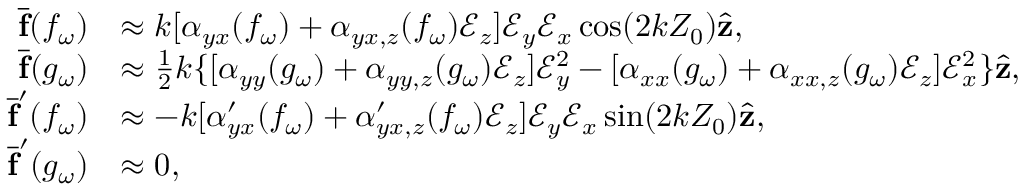
\begin{array} { r l } { \overline { { \mathbf { f } } } ( f _ { \omega } ) } & { \approx k [ \alpha _ { y x } ( f _ { \omega } ) + \alpha _ { y x , z } ( f _ { \omega } ) \mathcal { E } _ { z } ] \mathcal { E } _ { y } \mathcal { E } _ { x } \cos ( 2 k Z _ { 0 } ) \hat { \mathbf { z } } , } \\ { \overline { { \mathbf { f } } } ( g _ { \omega } ) } & { \approx \frac { 1 } { 2 } k \{ [ \alpha _ { y y } ( g _ { \omega } ) + \alpha _ { y y , z } ( g _ { \omega } ) \mathcal { E } _ { z } ] \mathcal { E } _ { y } ^ { 2 } - [ \alpha _ { x x } ( g _ { \omega } ) + \alpha _ { x x , z } ( g _ { \omega } ) \mathcal { E } _ { z } ] \mathcal { E } _ { x } ^ { 2 } \} \hat { \mathbf { z } } , } \\ { \overline { { \mathbf { f } } } ^ { \prime } ( f _ { \omega } ) } & { \approx - k [ \alpha _ { y x } ^ { \prime } ( f _ { \omega } ) + \alpha _ { y x , z } ^ { \prime } ( f _ { \omega } ) \mathcal { E } _ { z } ] \mathcal { E } _ { y } \mathcal { E } _ { x } \sin ( 2 k Z _ { 0 } ) \hat { \mathbf { z } } , } \\ { \overline { { \mathbf { f } } } ^ { \prime } ( g _ { \omega } ) } & { \approx 0 , } \end{array}